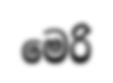
මෙරි